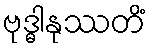
ဗုဒ္ဓါနုဿတိံ